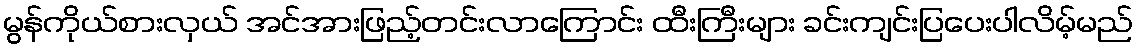
မွန်ကိုယ်စားလှယ် အင်အားဖြည့်တင်းလာကြောင်း ထီးကြီးများ ခင်းကျင်းပြပေးပါလိမ့်မည်